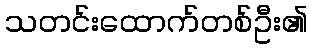
သတင်းထောက်တစ်ဦး၏